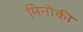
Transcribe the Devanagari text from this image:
मिनोकी